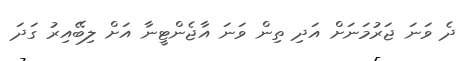
ދެ ވަނަ ޖަރުމަނަށް އަދި ތިން ވަނަ އާޖެންޓީނާ އަށް ލިބޭއިރު ގަދަ